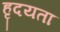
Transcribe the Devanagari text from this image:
हृदयता